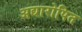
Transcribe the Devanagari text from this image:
अद्यारोपित